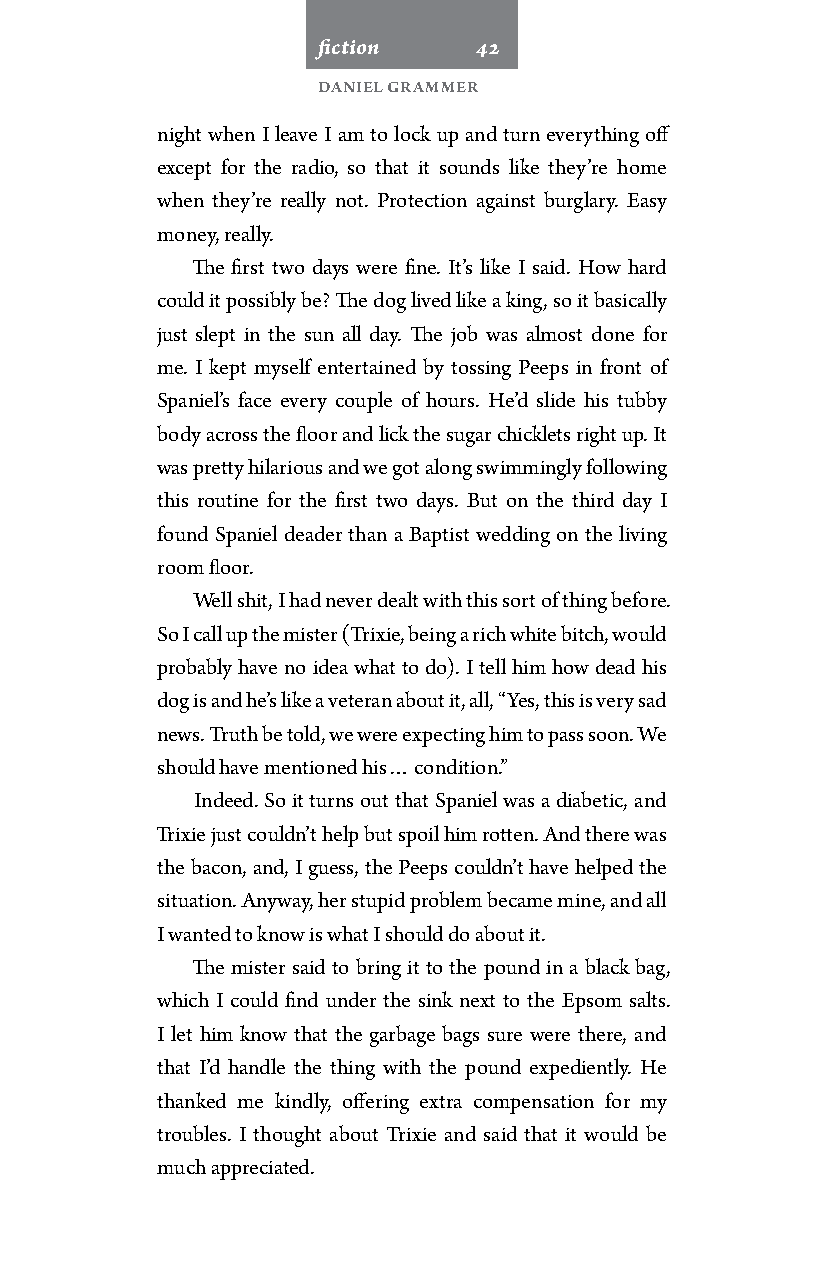
fiction   42
 Daniel Grammer
 night when I leave I am to lock up and turn everything off
 except for the radio, so that it sounds like they’re home
 when they’re really not. Protection against burglary. Easy
 money, really.
 The first two days were fine. It’s like I said. How hard
 could it possibly be? The dog lived like a king, so it basically
 just slept in the sun all day. The job was almost done for
 me. I kept myself entertained by tossing Peeps in front of
 Spaniel’s face every couple of hours. He’d slide his tubby
 body across the floor and lick the sugar chicklets right up. It
 was pretty hilarious and we got along swimmingly following
 this routine for the first two days. But on the third day I
 found Spaniel deader than a Baptist wedding on the living
 room floor.
 Well shit, I had never dealt with this sort of thing before.
 So I call up the mister (Trixie, being a rich white bitch, would
 probably have no idea what to do). I tell him how dead his
 dog is and he’s like a veteran about it, all, “Yes, this is very sad
 news. Truth be told, we were expecting him to pass soon. We
 should have mentioned his… condition.”
 Indeed. So it turns out that Spaniel was a diabetic, and
 Trixie just couldn’t help but spoil him rotten. And there was
 the bacon, and, I guess, the Peeps couldn’t have helped the
 situation. Anyway, her stupid problem became mine, and all
 I wanted to know is what I should do about it.
 The mister said to bring it to the pound in a black bag,
 which I could find under the sink next to the Epsom salts.
 I let him know that the garbage bags sure were there, and
 that I’d handle the thing with the pound expediently. He
 thanked me kindly, offering extra compensation for my
 troubles. I thought about Trixie and said that it would be
 much appreciated.